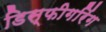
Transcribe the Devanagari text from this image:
डिस्फीगरिंग